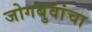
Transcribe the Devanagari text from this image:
जोगबुवांचा